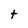
Character: t